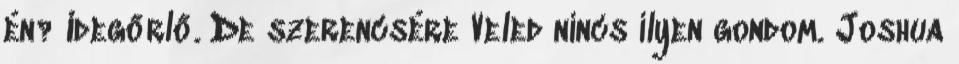
én? Idegőrlő. De szerencsére Veled nincs ilyen gondom. Joshua